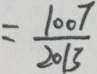
= \frac { 1 0 0 7 } { 2 0 1 3 }